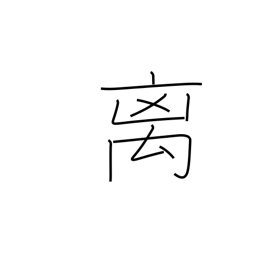
Meaning: rare beast